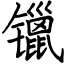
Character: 镴